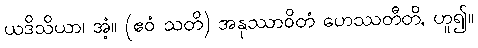
ယဒိသိယာ၊ အံ့။ (ဧဝံ သတိ) အနုဿာဝိတံ ဟေဿတီတိ, ဟူ၍။